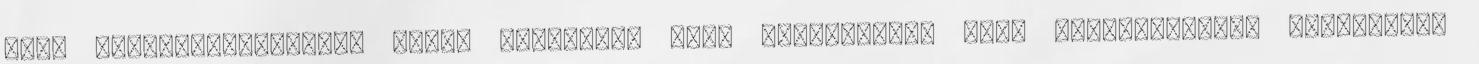
éves hódmezővásárhelyi férfi elmondta, hogy kirabolták, majd Ópusztaszeren kikötözték